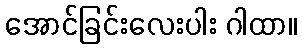
အောင်ခြင်းလေးပါး ဂါထာ။